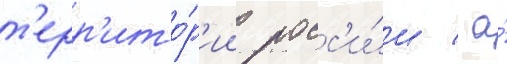
т'ерр'ито́р'ии росс'и́и / а́